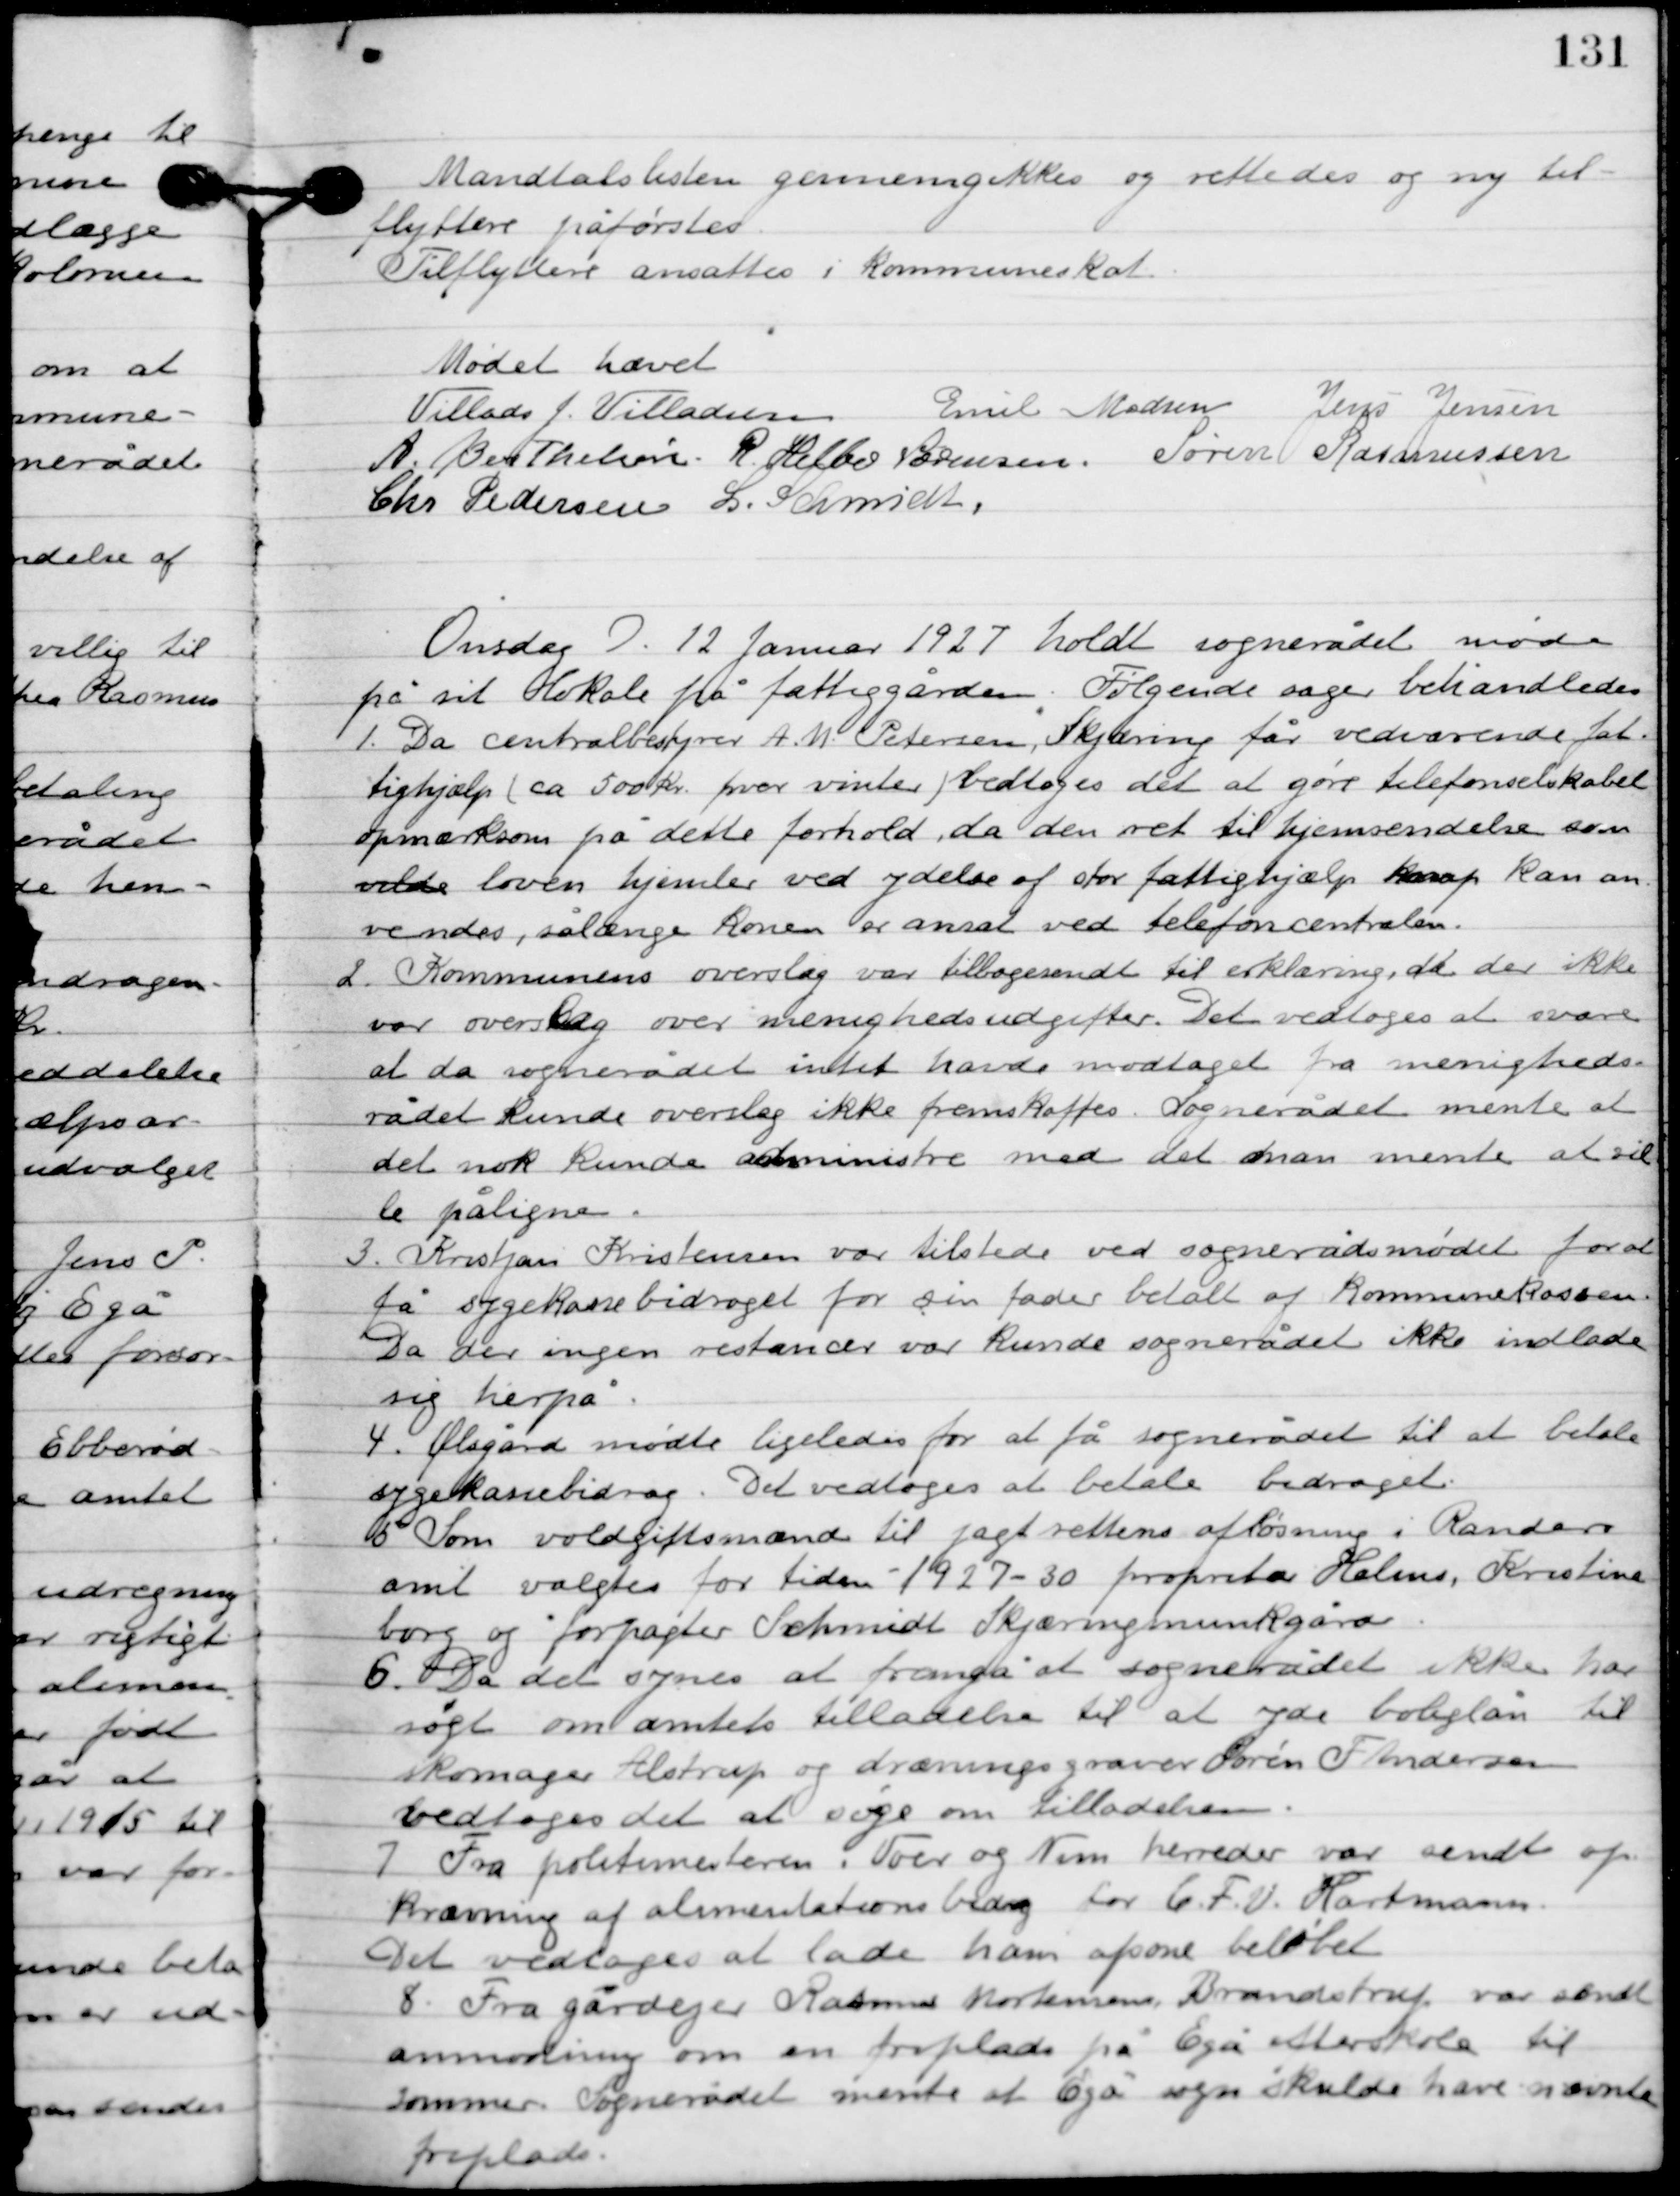
Transskription:
Mandtalslisten gennemgikkes og rettedes og ny-
tilflyttere påførtes.
Tilflyttere ansattes i kommuneskat.

Mødet hævet.

Villads J. Villadsen
Emil Madsen
Jens Jensen
A. Berthelsen
R. Helbo Sørensen
Søren Rasmussen
Chr. Pedersen
L. Schmidt

Onsdag D. 21. Januar 1927 holdt sognerådet møde
på sit lokale på fattiggården. Følgende sager behandledes.

1

Da centralbestyrer A. M. Petersen, Skjæring får vedvarende fat-
tighjælp (ca. 500 kr. hver vinter) vedtoges det at gøre telefonselskabet
opmærksom på dette forhold, da den ret til hjemsendelse som
loven hjemler ved ydelse af stor fattighjælp kan an-
vendes, så længe koen er ansat ved telefoncentralen.

2

Kommunens oversag var tilbagesendt til erklæring, da der ikke
var overslag over menighedens udgifter. Det vedtoges at svare
at da sognerådet intet havde modtaget fra menigheds-
rådet kunde overslag ikke fremskaffes. Sognerådet mente at
det nok kunde administrer med det man mente at vil-
le påligne.

3

Kristjan Kristensen var tilstede ved sognerådet for at
få sygekassebidraget for sin fader betalt af kommunekassen.
Da der ingen restancer var kunde sognerådet ikke indlade
sig herpå.

4

Ølsgård mødte ligeledes for at få sognerådet til at betale
 sygekassebidrag. Det vedtoges at betale bidraget.

5

Som voldgiftsmand til jagtrettens afløsning i Randers
amt valgtes for tiden 1927-30 proprietær Holms, Kristine
 borg og forpagter Schmidt Skjæringmunkgård.

6

Da det synes at fremgå at sognerådet ikke har
søgt om amts tilladelse til at yde boliglån til
skomager Alstrup og dræning graver Søren F. Andersen
vedtoges det at søge om tilladelsen.

7

Fra politimesteren i Voer og Nem herreder var sendt op-
krævning af alimentationsbidrag for C. F. V. Hartmann.
Det vedtoges at lade ham afsone beløbet.

8

Fra gårdejer Rasmus Mortensen Brandstrup var sendt
anmodning om en friplads på Egå efterskole til
sommer. Sognerådet mente at Egå sogn skulde have nævnte
friplads.